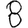
Digit: 8